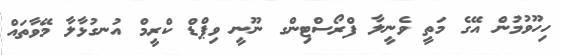
ހިހޫވުމުން އޭގެ މަތީ ވެނީލާ ފްރޯސްޓިންގ ނޫނީ ވިޕްޑް ކްރީމް އުނގުޅާލާ މޭވާތައް